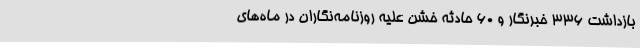
بازداشت 336 خبرنگار و 60 حادثه خشن علیه روزنامه‌نگاران در ماه‌های